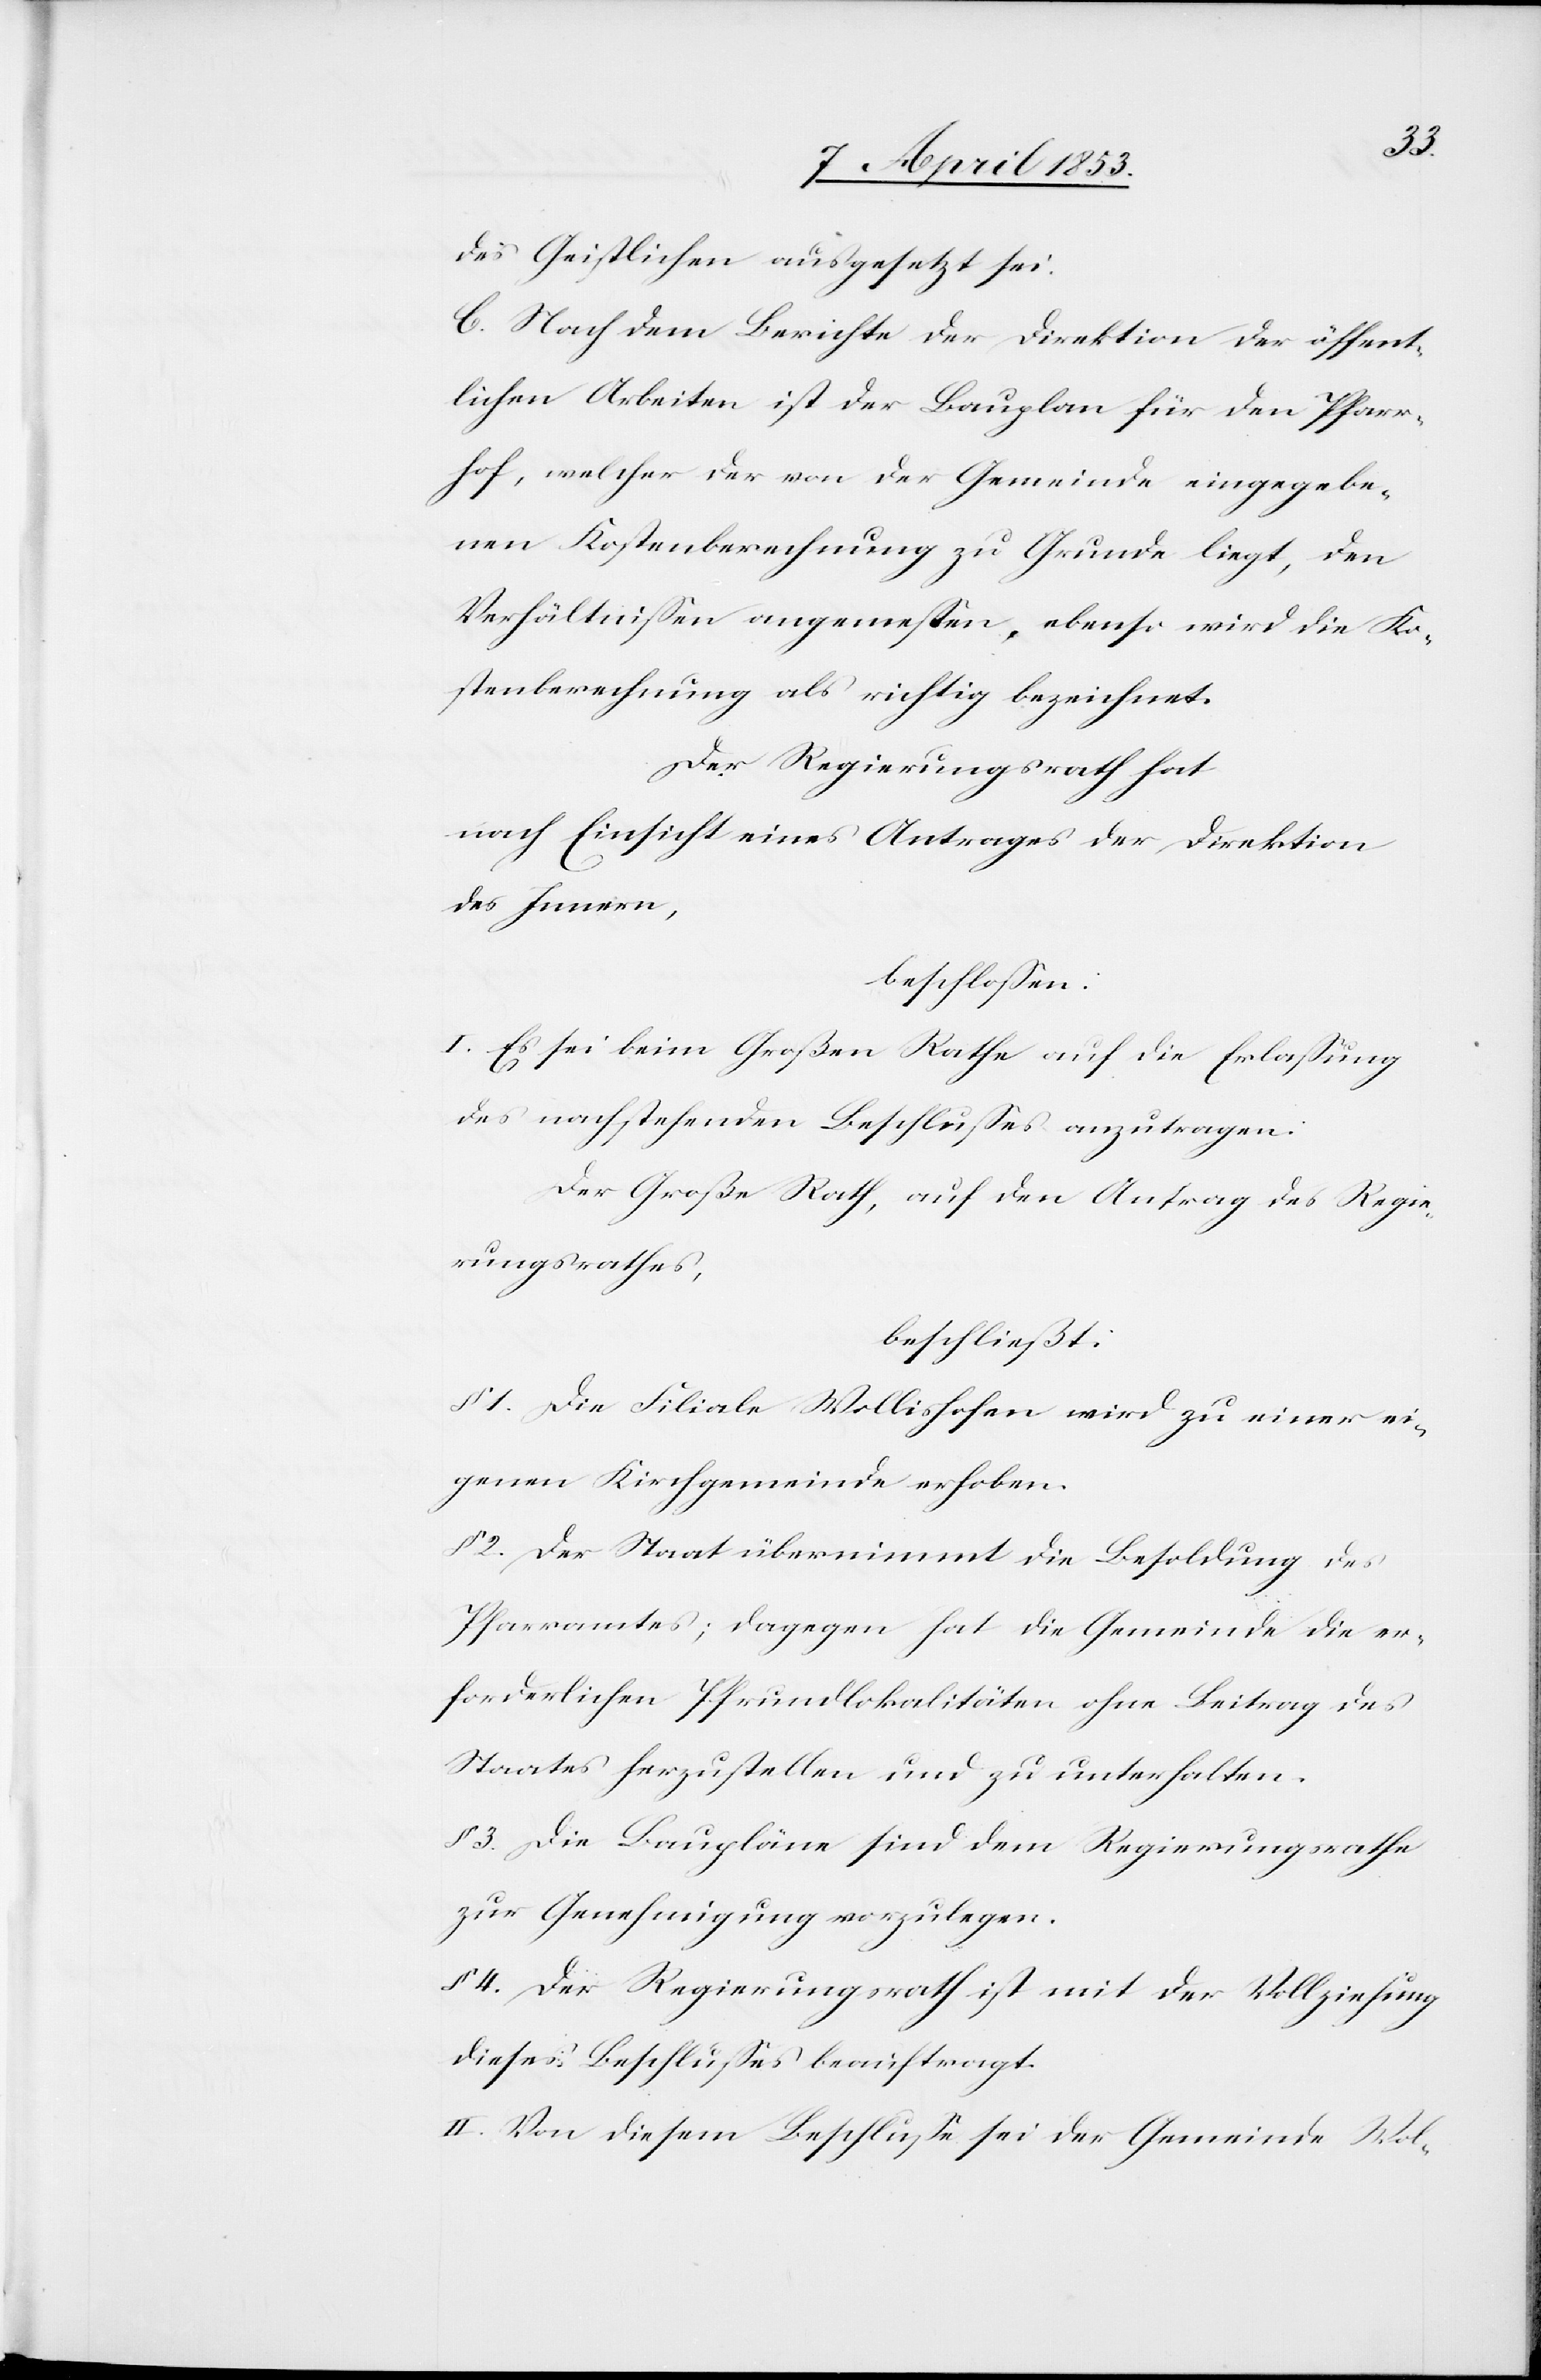
des Geistlichen ausgesetzt sei.
C. Nach dem Berichte der Direktion der öffent¬
lichen Arbeiten ist der Bauplan für den Pfarr¬
hof, welcher der von der Gemeinde eingegebe¬
nen Kostenberechnung zu Grunde liegt, den
Verhältnißen angemeßen, ebenso wird die Ko¬
stenberechnung als richtig bezeichnet.
Der Regierungsrath hat
nach Einsicht eines Antrages der Direktion
des Innern,
beschloßen:
I. Es sei beim Großen Rathe auf die Erlaßung
des nachstehenden Beschlußes anzutragen.
Der Große Rath, auf den Antrag des Regie¬
rungsrathes,
beschließt:
§ 1. Die Filiale Wollishofen wird zu einer ei¬
genen Kirchgemeinde erhoben.
§ 2. Der Staat übernimmt die Besoldung des
Pfarramtes; dagegen hat die Gemeinde die er¬
forderlichen Pfrundlokalitäten ohne Beitrag des
Staates herzustellen und zu unterhalten.
§ 3. Die Baupläne sind dem Regierungsrathe
zur Genehmigung vorzulegen.
§ 4. Der Regierungsrath ist mit der Vollziehung
dieses Beschlußes beauftragt.
II. Von diesem Beschluße sei der Gemeinde Wol-